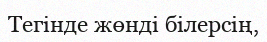
Тегінде жөнді білерсің,